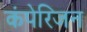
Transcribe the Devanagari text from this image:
कंपेरिजन